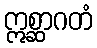
ဣစ္ဆာဂတံ